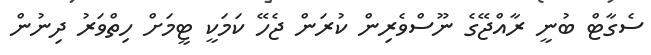
ސެގާޓް ބުނީ ރާއްޖޭގެ ނޫސްވެރިން ކުރަން ޖެހޭ ކަމަކީ ޓީމަށް ހިތްވަރު ދިނުން